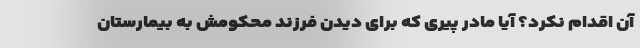
آن اقدام نکرد؟ آیا مادر پیری که برای دیدن فرزند محکومش به بیمارستان